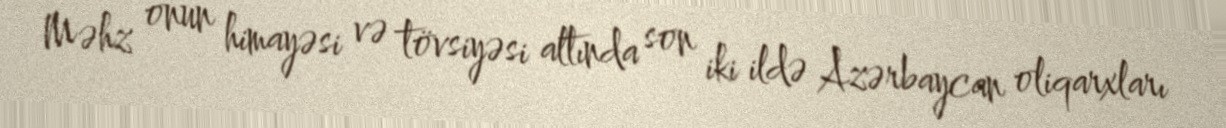
Məhz onun himayəsi və tövsiyəsi altında son iki ildə Azərbaycan oliqarxları